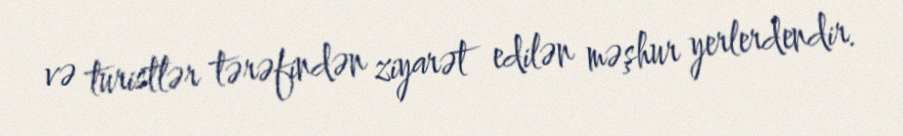
və turistlər tərəfindən ziyarət edilən məşhur yerlerdendir.